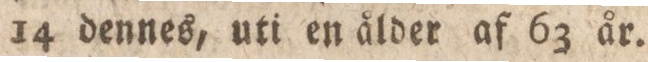
14 dennes, uti en ålder af 63 år.